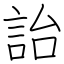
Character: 詒